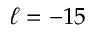
\ell = - 1 5